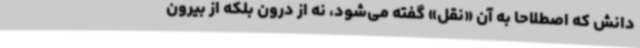
دانش که اصطلاحاً به آن «نقل» گفته می‌شود، نه از درون بلکه از بیرون